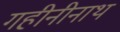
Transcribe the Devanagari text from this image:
गहीनीनाथ